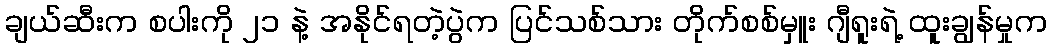
ချယ်ဆီးက စပါးကို ၂၁ နဲ့ အနိုင်ရတဲ့ပွဲက ပြင်သစ်သား တိုက်စစ်မှူး ဂျီရူးရဲ့ ထူးချွန်မှုက